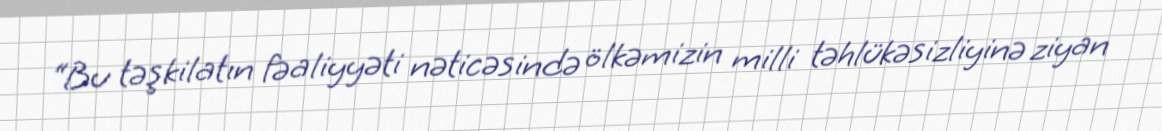
“Bu təşkilatın fəaliyyəti nəticəsində ölkəmizin milli təhlükəsizliyinə ziyan